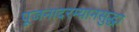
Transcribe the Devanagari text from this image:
पूजनादरम्यानसुद्धा